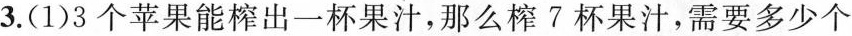
3.(1)3个苹果能榨出一杯果汁，那么榨7杯果汁，需要多少个